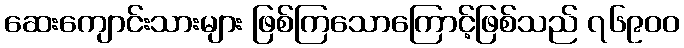
ဆေးကျောင်းသားများ ဖြစ်ကြသောကြောင့်ဖြစ်သည် ၇၆၉၀၀